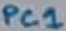
Text: PC1